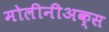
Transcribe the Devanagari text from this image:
मोलीनीअक्स